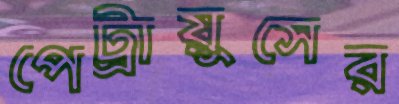
পেট্রায়ুসের